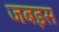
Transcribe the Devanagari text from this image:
जबइस